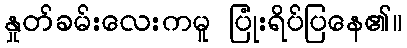
နှုတ်ခမ်းလေးကမူ ပြုံးရိပ်ပြနေ၏။